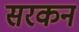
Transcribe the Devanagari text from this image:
सरकन